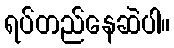
ရပ်တည်နေဆဲပါ။